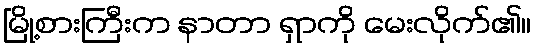
မြို့စားကြီးက နာတာ ရှာကို မေးလိုက်၏။